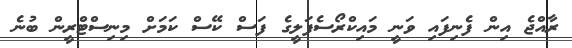
ރާއްޖެ އިން ފެނިފައި ވަނީ މައިކްރޯސެފަލީގެ ފަސް ކޭސް ކަމަށް މިނިސްޓްރީން ބުނެ